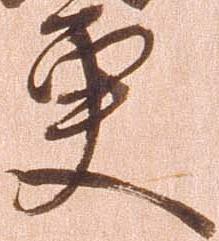
更